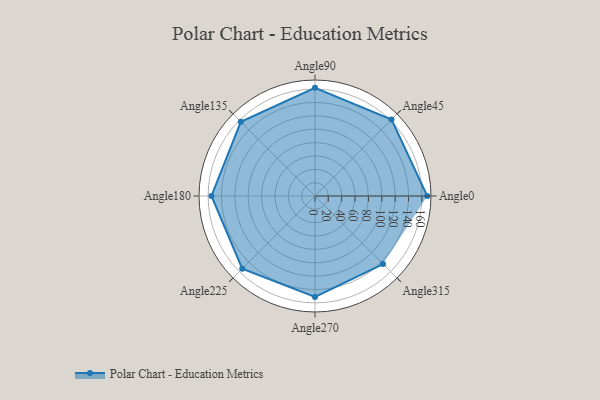
{"axis": {"x": "Angle", "y": "Radius"}, "legend": [""], "data": [{"x": "Angle0", "y": 168.0, "type": ""}, {"x": "Angle45", "y": 162.0, "type": ""}, {"x": "Angle90", "y": 162.0, "type": ""}, {"x": "Angle135", "y": 157.0, "type": ""}, {"x": "Angle180", "y": 155.0, "type": ""}, {"x": "Angle225", "y": 154.0, "type": ""}, {"x": "Angle270", "y": 151.0, "type": ""}, {"x": "Angle315", "y": 144.0, "type": ""}]}